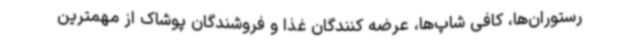
رستوران‌ها، کافی شاپ‌ها، عرضه کنندگان غذا و فروشندگان پوشاک از مهمترین